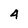
Character: 4